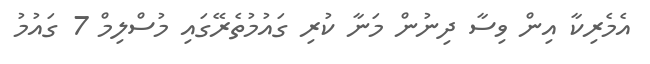
އެމެރިކާ އިން ވިސާ ދިނުން މަނާ ކުރި ގައުމުތެރޭގައި މުސްލިމް 7 ގައުމު